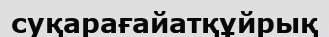
суқарағайатқұйрық